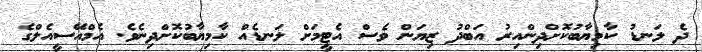
ދެ ލަނޑު ކާމިޔާބުކޮށްދިންއިރު އަބްދު ޒިޔަން ވެސް އެޓީމަށް ލަނޑެއް ކާމިޔާބުކޮށްދިނެވެ. އެމްއޭސީއެލްގެ